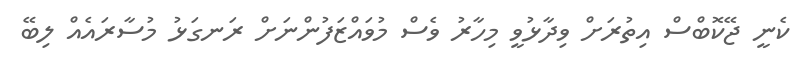
ކެނީ ޖޭކޮބްސް އިތުރަށް ވިދާޅުވީ މިހާރު ވެސް މުވައްޒަފުންނަށް ރަނގަޅު މުސާރައެއް ލިބޭ